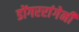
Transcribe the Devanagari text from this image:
डोंगररांगेनी